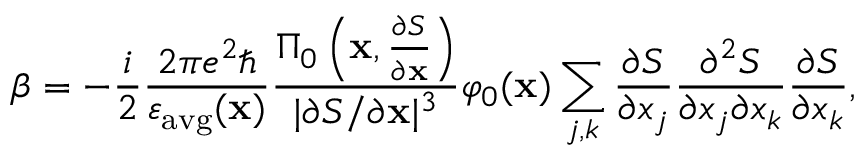
\beta = - \frac { i } { 2 } \frac { 2 \pi e ^ { 2 } \hbar } { \varepsilon _ { \mathrm { a v g } } ( \mathbf { x } ) } \frac { \Pi _ { 0 } \left( \mathbf { x } , \frac { \partial S } { \partial \mathbf { x } } \right) } { | \partial S / \partial \mathbf { x } | ^ { 3 } } \varphi _ { 0 } ( \mathbf { x } ) \sum _ { j , k } \frac { \partial S } { \partial x _ { j } } \frac { \partial ^ { 2 } S } { \partial x _ { j } \partial x _ { k } } \frac { \partial S } { \partial x _ { k } } ,